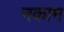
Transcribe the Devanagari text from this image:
नकाम